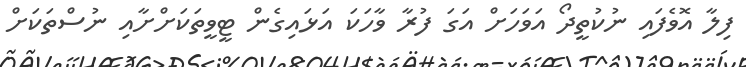
ފިލާ އޮވެފައި ނުކުތީދޯ އަވަހަށް އަގަ ފުރާ ވާހަކަ އަޅައިގެން ޓީވީތަކަށްށާއި ނުސްތަކަށް